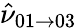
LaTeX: \hat{\nu}_{01\rightarrow 03}